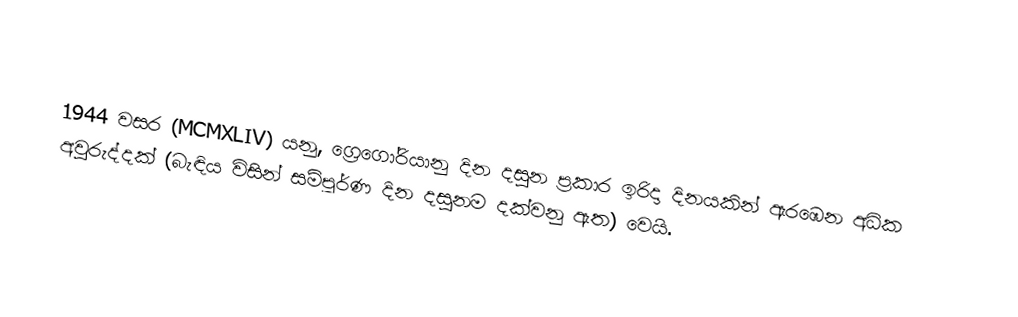

1944 වසර (MCMXLIV) යනු, ග්‍රෙගෝරියානු දින දසුන ප්‍රකාර  ඉරිදා දිනයකින් ඇරඹෙන අධික අවුරුද්දක් (බැඳිය විසින් සම්පූර්ණ දින දසුනම දක්වනු ඇත) වෙයි.